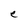
Character: e